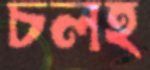
চলহ